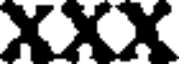
XXX